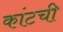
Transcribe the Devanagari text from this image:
कांटची